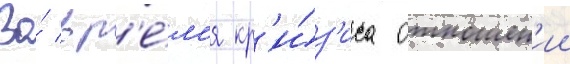
Во́ вр'е́м'я кр'и́з'иса отношен'ии